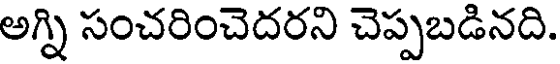
అగ్ని సంచరించెదరని చెప్పబడినది.